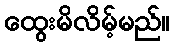
ထွေးမိလိမ့်မည်။